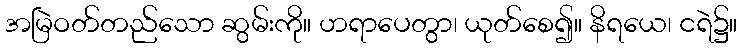
အမြဲဝတ်တည်သော ဆွမ်းကို။ ဟရာပေတွာ၊ ယုတ်စေ၍။ နိရယေ၊ ငရဲ၌။